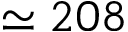
\simeq 2 0 8